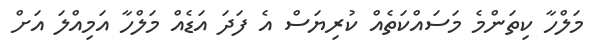
މަލްހާ ކިތަންމެ މަސައްކަތެއް ކުރިޔަސް އެ ފަދަ އަޑެއް މަލްހާ އަމިއްލަ އަށް